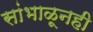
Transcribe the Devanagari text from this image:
सांभाळूनही